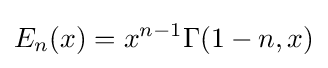
E_{n}(x)=x^{n-1}\Gamma (1-n,x)